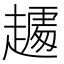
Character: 𰷾